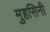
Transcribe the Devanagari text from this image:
मुहसिनी